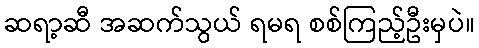
ဆရာ့ဆီ အဆက်သွယ် ရမရ စစ်ကြည့်ဦးမှပဲ။